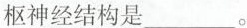
枢神经结构是___。